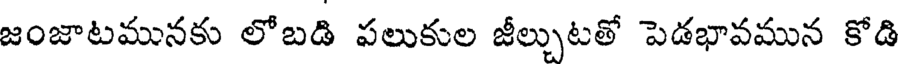
జంజాటమునకు లోబడి పలుకుల జీల్చుటతో పెడభావమున కోడి